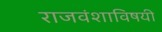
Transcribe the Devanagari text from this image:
राजवंशाविषयी